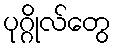
ပုဂ္ဂိုလ်တွေ